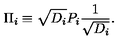
\Pi \sb i \equiv \sqrt { D \sb i } P \sb i { \frac { 1 } { \sqrt { D \sb i } } } .